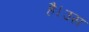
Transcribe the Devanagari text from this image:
है।उस